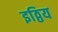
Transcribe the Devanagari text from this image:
इठ्ठिय